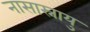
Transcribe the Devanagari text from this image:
नासास्नायु